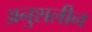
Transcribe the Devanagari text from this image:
अनुशलीन